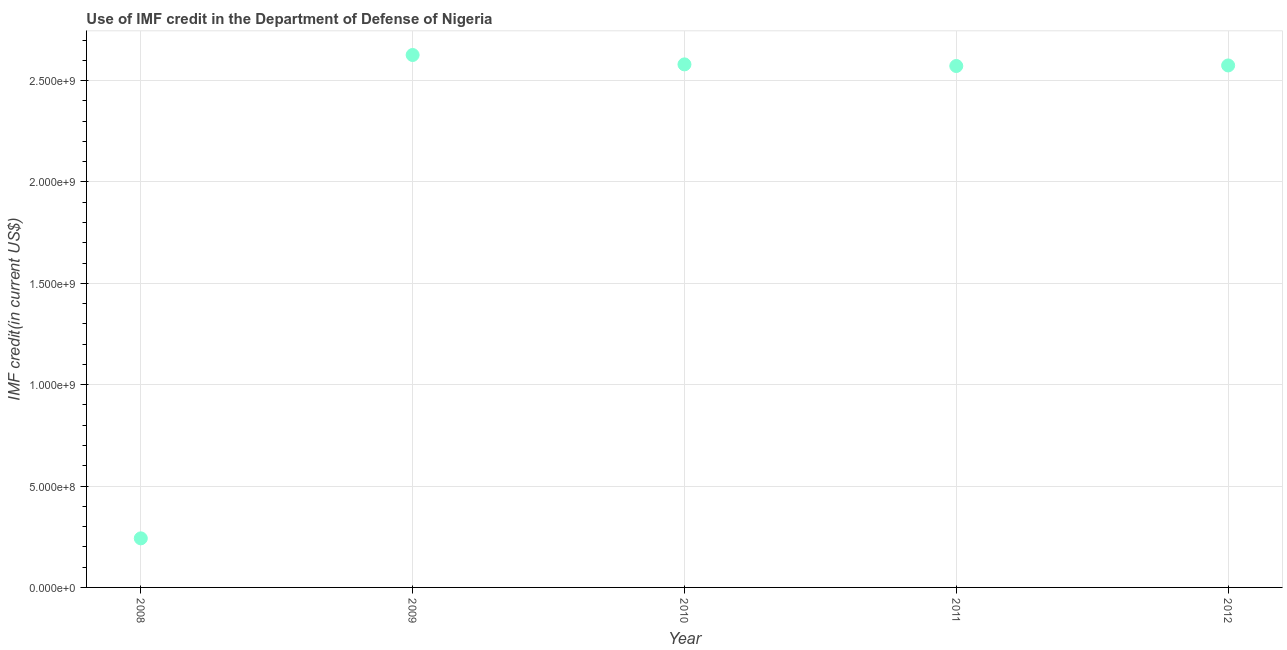
| Year | Use of IMF credit (DOD |
 | --- | --- |
 | 2008 | 2.42e+08 |
 | 2009 | 2.63e+09 |
 | 2010 | 2.58e+09 |
 | 2011 | 2.57e+09 |
 | 2012 | 2.57e+09 |